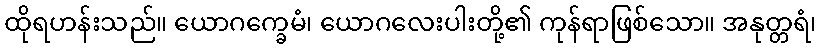
ထိုရဟန်းသည်။ ယောဂက္ခေမံ၊ ယောဂလေးပါးတို့၏ ကုန်ရာဖြစ်သော။ အနုတ္တရံ၊